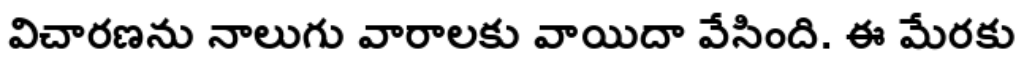
విచారణను నాలుగు వారాలకు వాయిదా వేసింది. ఈ మేరకు